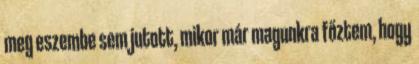
meg eszembe sem jutott, mikor már magunkra főztem, hogy